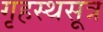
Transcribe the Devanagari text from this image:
गृहस्थसूत्र